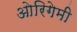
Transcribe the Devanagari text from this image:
ओरिगेमी